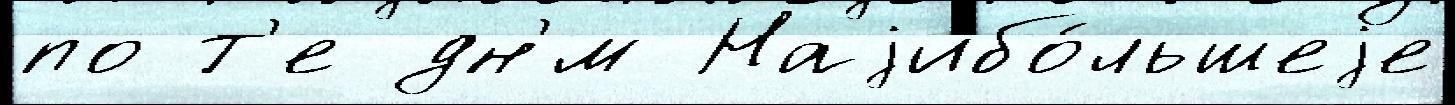
по т'е дн'́м Наjибо́льшеjе